Leaving Certificate, 1888
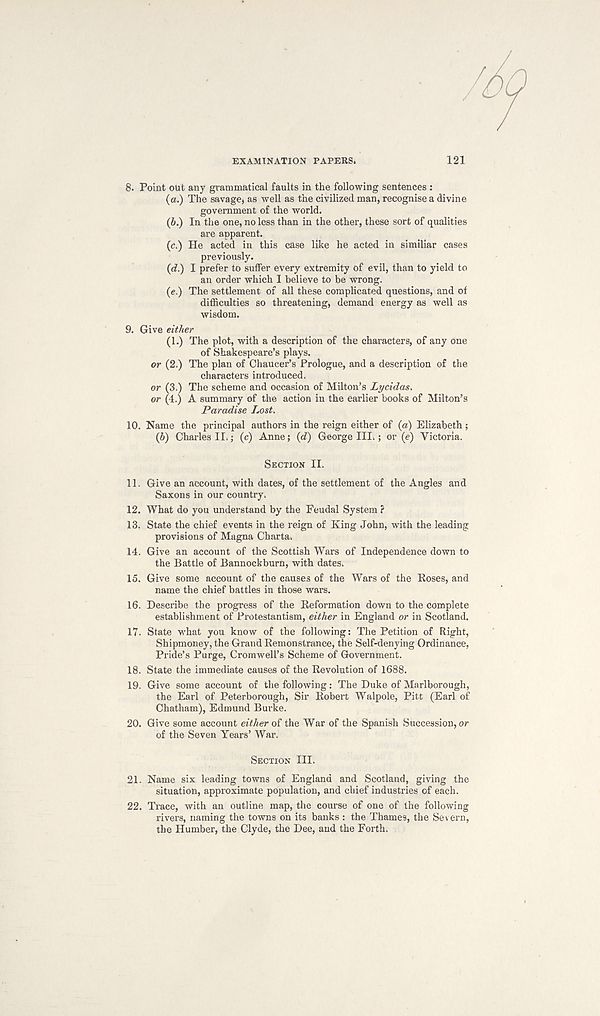
/
EXAMINATION PAPERS.
121
8. Point out any grammatical faults in the following sentences :
(a.) The savage* as well as the civilized man, recognise a divine
government of the world.
(b.) In the one, no less than in the other, these sort of qualities
are apparent.
(c.) He acted in this case like he acted in similiar cases
previously.
(d.) I prefer to suffer every extremity of evil, than to yield to
an order which I believe to be wrong.
(e.) The settlement of all these complicated questions, and of
difficulties so threatening, demand energy as well as
wisdom.
9. Give either
(1.) The plot, with a description of the characters, of any one
of Shakespeare’s plays.
or (2.) The plan of Chaucer’s Prologue, and a description of the
characters introduced.
or (3.) The scheme and occasion of Milton’s Lycidas*
or (4.) A summary of the action in the earlier books of Milton’s
Paradise Lost.
10. Name the principal authors in the reign either of {a) Elizabeth;
(6) Charles II,; (c) Anne; {d) George III,; or (e) Victoria.
SECTION II.
11. Give an account, with dates, of the settlement of the Angles and
Saxons in our country.
12. What do you understand by the Feudal System ?
13. State the chief events in the reign of King John, with the leading
provisions of Magna Charta.
14. Give an account of the Scottish Wars of Independence down to
the Battle of Bannockburn, with dates.
15. Give some account of the causes of the Wars of the Roses, and
name the chief battles in those wars.
16. Describe the progress of the Reformation down to the complete
establishment of Protestantism, either in England or in Scotland.
17. State what you know of the following: The Petition of Right,
Shipmoney, the Grand Remonstrance, the Self-denying Ordinance,
Pride’s Purge, Cromwell’s Scheme of Government.
18. State the immediate causes of the Revolution of 1688.
19. Give some account of the following: The Duke of Marlborough,
the Earl of Peterborough, Sir Robert Walpole, Pitt (Earl of
Chatham), Edmund Burke.
20. Give some account either of the War of the Spanish Succession, or
of the Seven Years’ War.
SECTION III.
21. Name six leading towns of England and Scotland, giving the
situation, approximate population, and chief industries of each.
22. Trace, with an outline map, the course of one of the following
rivers, naming the towns on its banks : the Thames, the Severn,
the Humber, the Clyde, the Dee, and the Forth.